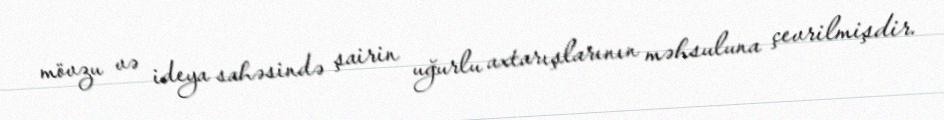
mövzu və ideya sahəsində şairin uğurlu axtarışlarının məhsuluna çevrilmişdir.